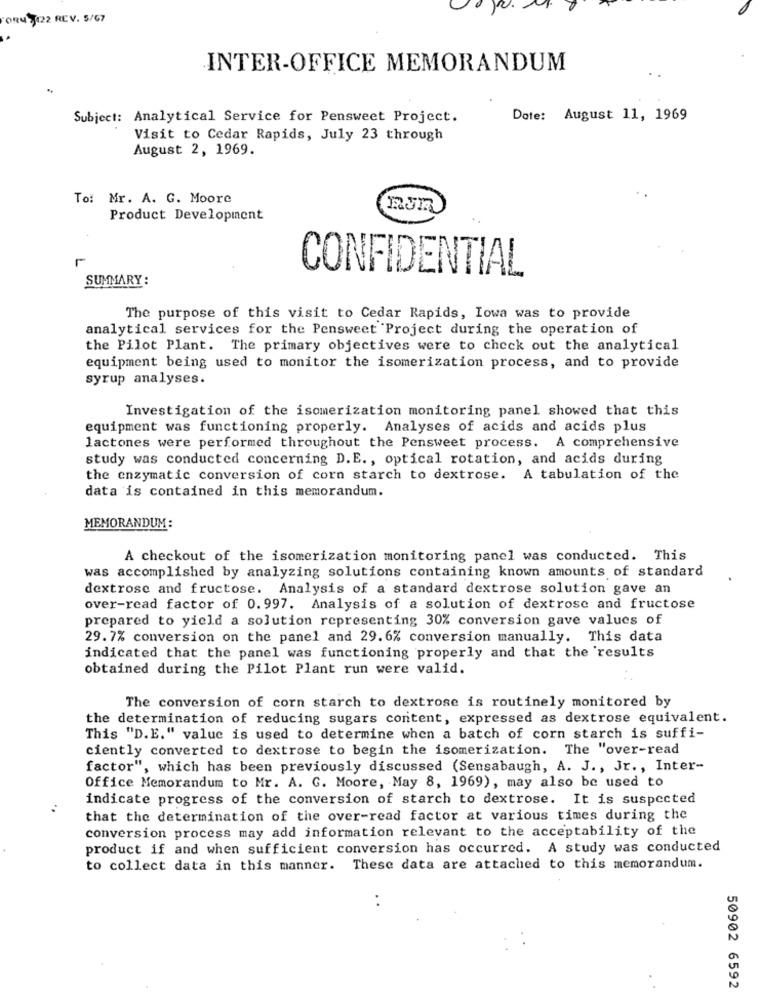
0847422 REV. 5/67
INTER-OFFICE MEMORANDUM
Subject: Analytical Service for Pensweet Project.
Date: August 11, 1969
Visit to Cedar Rapids, July 23 through
August 2, 1969.
To: Mr. A. G. Moore
Product Development
CONFIDENTIAL
SUMMARY :
The purpose of this visit to Cedar Rapids, Iowa was to provide
analytical services for the Pensweet Project during the operation of
the Pilot Plant. The primary objectives were to check out the analytical
equipment being used to monitor the isomerization process, and to provide
syrup analyses.
Investigation of the isomerization monitoring panel showed that this
equipment was functioning properly. Analyses of acids and acids plus
lactones were performed throughout the Pensweet process. A comprehensive
study was conducted concerning D.E ., optical rotation, and acids during
the enzymatic conversion of corn starch to dextrose. A tabulation of the
data is contained in this memorandum.
MEMORANDUM:
A checkout of the isomerization monitoring panel was conducted. This
was accomplished by analyzing solutions containing known amounts of standard
dextrose and fructose. Analysis of a standard dextrose solution gave an
over-read factor of 0.997. Analysis of a solution of dextrose and fructose
prepared to yield a solution representing 30% conversion gave values of
29.7% conversion on the panel and 29.6% conversion manually. This data
indicated that the panel was functioning properly and that the results
obtained during the Pilot Plant run were valid.
The conversion of corn starch to dextrose is routinely monitored by
the determination of reducing sugars content, expressed as dextrose equivalent.
This "D.E." value is used to determine when a batch of corn starch is suffi-
ciently converted to dextrose to begin the isomerization. The "over-read
factor", which has been previously discussed (Sensabaugh, A. J ., Jr ., Inter-
Office Memorandum to Mr. A. G. Moore, May 8, 1969), may also be used to
indicate progress of the conversion of starch to dextrose. It is suspected
that the determination of the over-read factor at various times during the
conversion process may add information relevant to the acceptability of the
product if and when sufficient conversion has occurred. A study was conducted
to collect data in this manner. These data are attached to this memorandum.
..
50902 6592